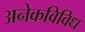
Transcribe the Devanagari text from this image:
अनेकविविध